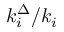
k _ { i } ^ { \Delta } / k _ { i }